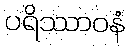
ပရိဿာဝနံ